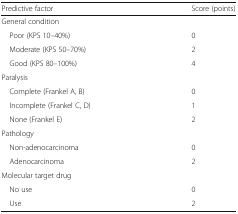
| Predictive factor | Score (points) |
 | --- | --- |
 | <COLSPAN=2> General condition |
 | Poor (KPS 10–40%) | 0 |
 | Moderate (KPS 50–70%) | 2 |
 | Good (KPS 80–100%) | 4 |
 | <COLSPAN=2> Paralysis |
 | Complete (Frankel A, B) | 0 |
 | Incomplete (Frankel C, D) | 1 |
 | None (Frankel E) | 2 |
 | <COLSPAN=2> Pathology |
 | Non-adenocarcinoma | 0 |
 | Adenocarcinoma | 2 |
 | <COLSPAN=2> Molecular target drug |
 | No use | 0 |
 | Use | 2 |